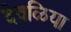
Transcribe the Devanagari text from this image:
देवळिया